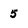
Character: 5